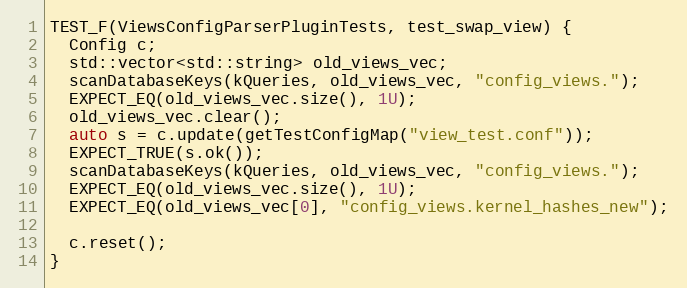
Language: C++
TEST_F(ViewsConfigParserPluginTests, test_swap_view) {
  Config c;
  std::vector<std::string> old_views_vec;
  scanDatabaseKeys(kQueries, old_views_vec, "config_views.");
  EXPECT_EQ(old_views_vec.size(), 1U);
  old_views_vec.clear();
  auto s = c.update(getTestConfigMap("view_test.conf"));
  EXPECT_TRUE(s.ok());
  scanDatabaseKeys(kQueries, old_views_vec, "config_views.");
  EXPECT_EQ(old_views_vec.size(), 1U);
  EXPECT_EQ(old_views_vec[0], "config_views.kernel_hashes_new");

  c.reset();
}